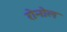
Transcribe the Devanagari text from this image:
रोनोल